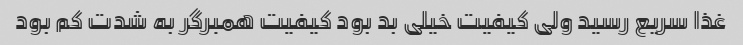
غذا سریع رسید ولی کیفیت خیلی بد بود کیفیت همبرگر به شدت کم بود